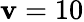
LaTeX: \mathbf{v}=10